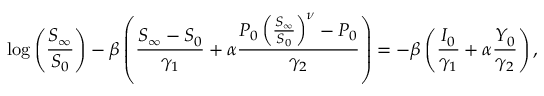
\log \left( \frac { S _ { \infty } } { S _ { 0 } } \right) - \beta \left( \frac { S _ { \infty } - S _ { 0 } } { \gamma _ { 1 } } + \alpha \frac { P _ { 0 } \left( \frac { S _ { \infty } } { S _ { 0 } } \right) ^ { \nu } - P _ { 0 } } { \gamma _ { 2 } } \right) = - \beta \left( \frac { I _ { 0 } } { \gamma _ { 1 } } + \alpha \frac { Y _ { 0 } } { \gamma _ { 2 } } \right) ,